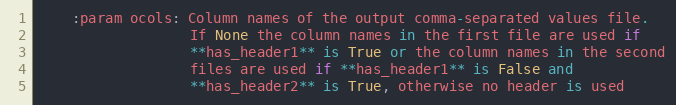
Language: Python
    :param ocols: Column names of the output comma-separated values file.
                  If None the column names in the first file are used if
                  **has_header1** is True or the column names in the second
                  files are used if **has_header1** is False and
                  **has_header2** is True, otherwise no header is used